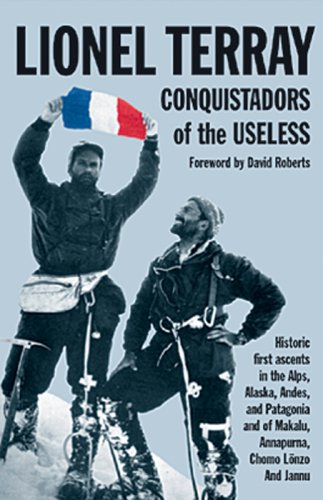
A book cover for Conquistadors of the Useless; Lionel Terray; Sports & Outdoors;